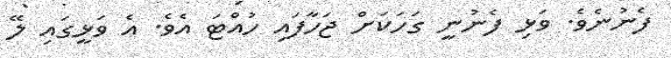
ފެނުނެވެ. ވަޅި ފެނުނީ ގަހަކަށް ޖަހާފައި ހުއްޓަ އެވެ. އެ ވަޅީގައި ލޭ